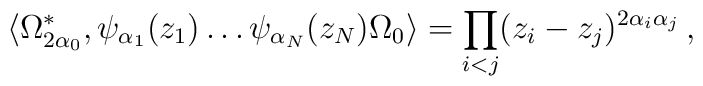
\langle\Omega_{2\alpha_0}^*,\psi_{\alpha_1}(z_1)\ldots\psi_{\alpha_N}(z_N)    \Omega_0\rangle = \prod_{i<j}(z_i-z_j)^{2\alpha_i\alpha_j}\,,